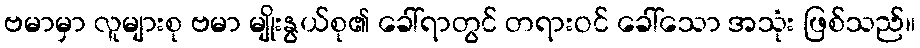
ဗမာမှာ လူများစု ဗမာ မျိုးနွယ်စု၏ ခေါ်ရာတွင် တရားဝင် ခေါ်သော အသုံး ဖြစ်သည်။